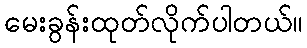
မေးခွန်းထုတ်လိုက်ပါတယ်။